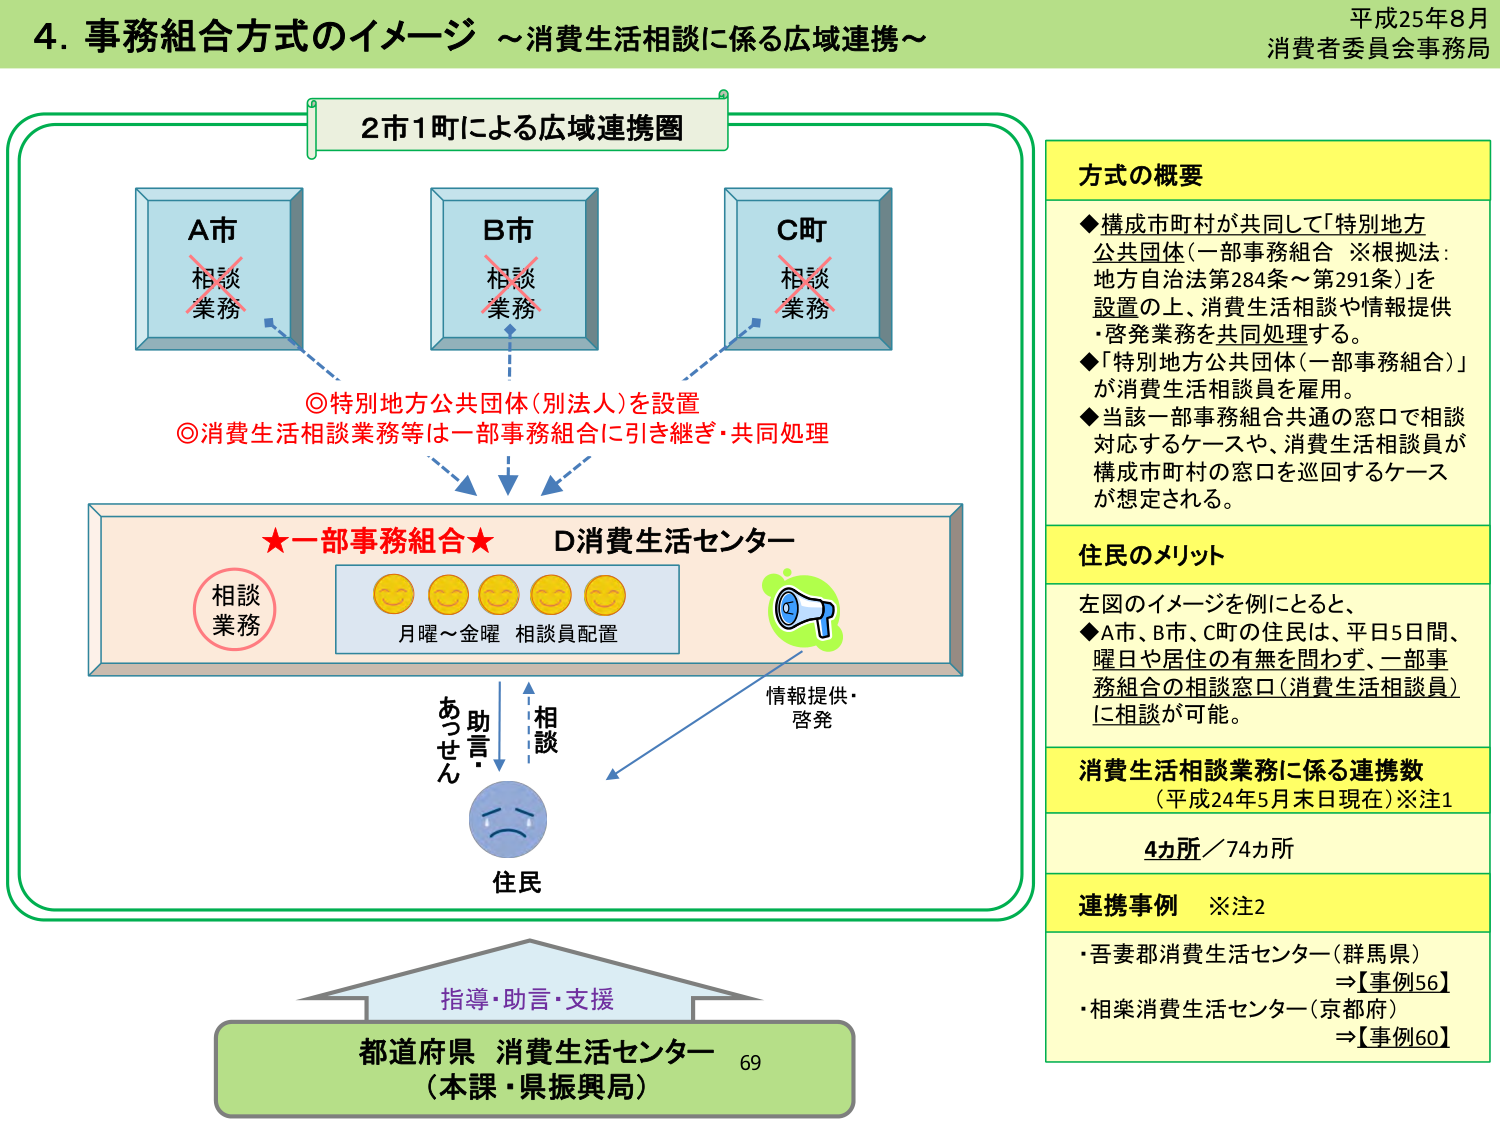
平成25年8月
消費者委員会事務局

4. 事務組合方式のイメージ ～消費生活相談に係る広域連携～

2市1町による広域連携圏

A市
相談
業務

B市
相談
業務

C町
相談
業務

◎特別地方公共団体（別法人）を設置
◎消費生活相談業務等は一部事務組合に引き継ぎ・共同処理

★一部事務組合★ D消費生活センター
相談業務
月曜～金曜 相談員配置

情報提供・
啓発

あっせん
助言・
相談

住民

指導・助言・支援
都道府県 消費生活センター
（本課・県振興局）
69

方式の概要
◆構成市町村が共同して「特別地方公共団体（一部事務組合 ※根拠法：地方自治法第284条～第291条）」を設置の上、消費生活相談や情報提供・啓発業務を共同処理する。
◆「特別地方公共団体（一部事務組合）」が消費生活相談員を雇用。
◆当該一部事務組合共通の窓口で相談対応するケースや、消費生活相談員が構成市町村の窓口を巡回するケースが想定される。

住民のメリット
左図のイメージを例にとると、
◆A市、B市、C町の住民は、平日5日間、曜日や居住の有無を問わず、一部事務組合の相談窓口（消費生活相談員）に相談が可能。

消費生活相談業務に係る連携数
（平成24年5月末日現在）※注1
4カ所／74カ所

連携事例 ※注2
・吾妻郡消費生活センター（群馬県）
⇒【事例56】
・相楽消費生活センター（京都府）
⇒【事例60】